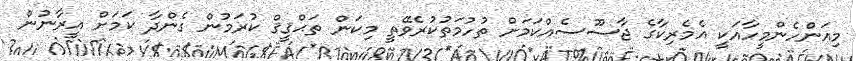
މިއަންހެންމީހާއަކީ އެމެރިކާގެ ޖާސޫސެއްކަމަށް ތުހުމަތުކުރެވޭތީ މިކަން ތަޙްޤީޤް ކުރަމުން ގެންދާ ކަމަށް އީރާނުން